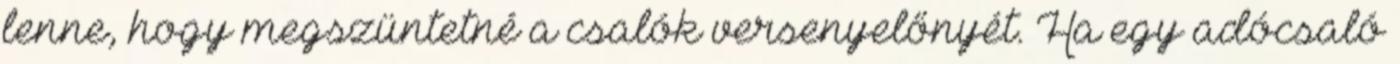
lenne, hogy megszüntetné a csalók versenyelőnyét. Ha egy adócsaló